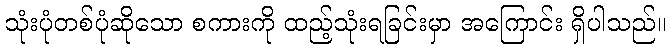
သုံးပုံတစ်ပုံဆိုသော စကားကို ထည့်သုံးရခြင်းမှာ အကြောင်း ရှိပါသည်။